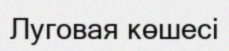
Луговая көшесі